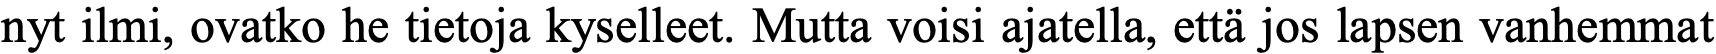
nyt ilmi, ovatko he tietoja kyselleet. Mutta voisi ajatella, että jos lapsen vanhemmat